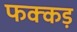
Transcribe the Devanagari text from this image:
फक्‍कड़